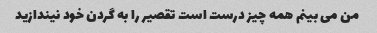
من می بینم همه چیز درست است تقصیر را به گردن خود نیندازید